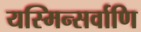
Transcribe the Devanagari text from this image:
यस्मिन्सर्वाणि